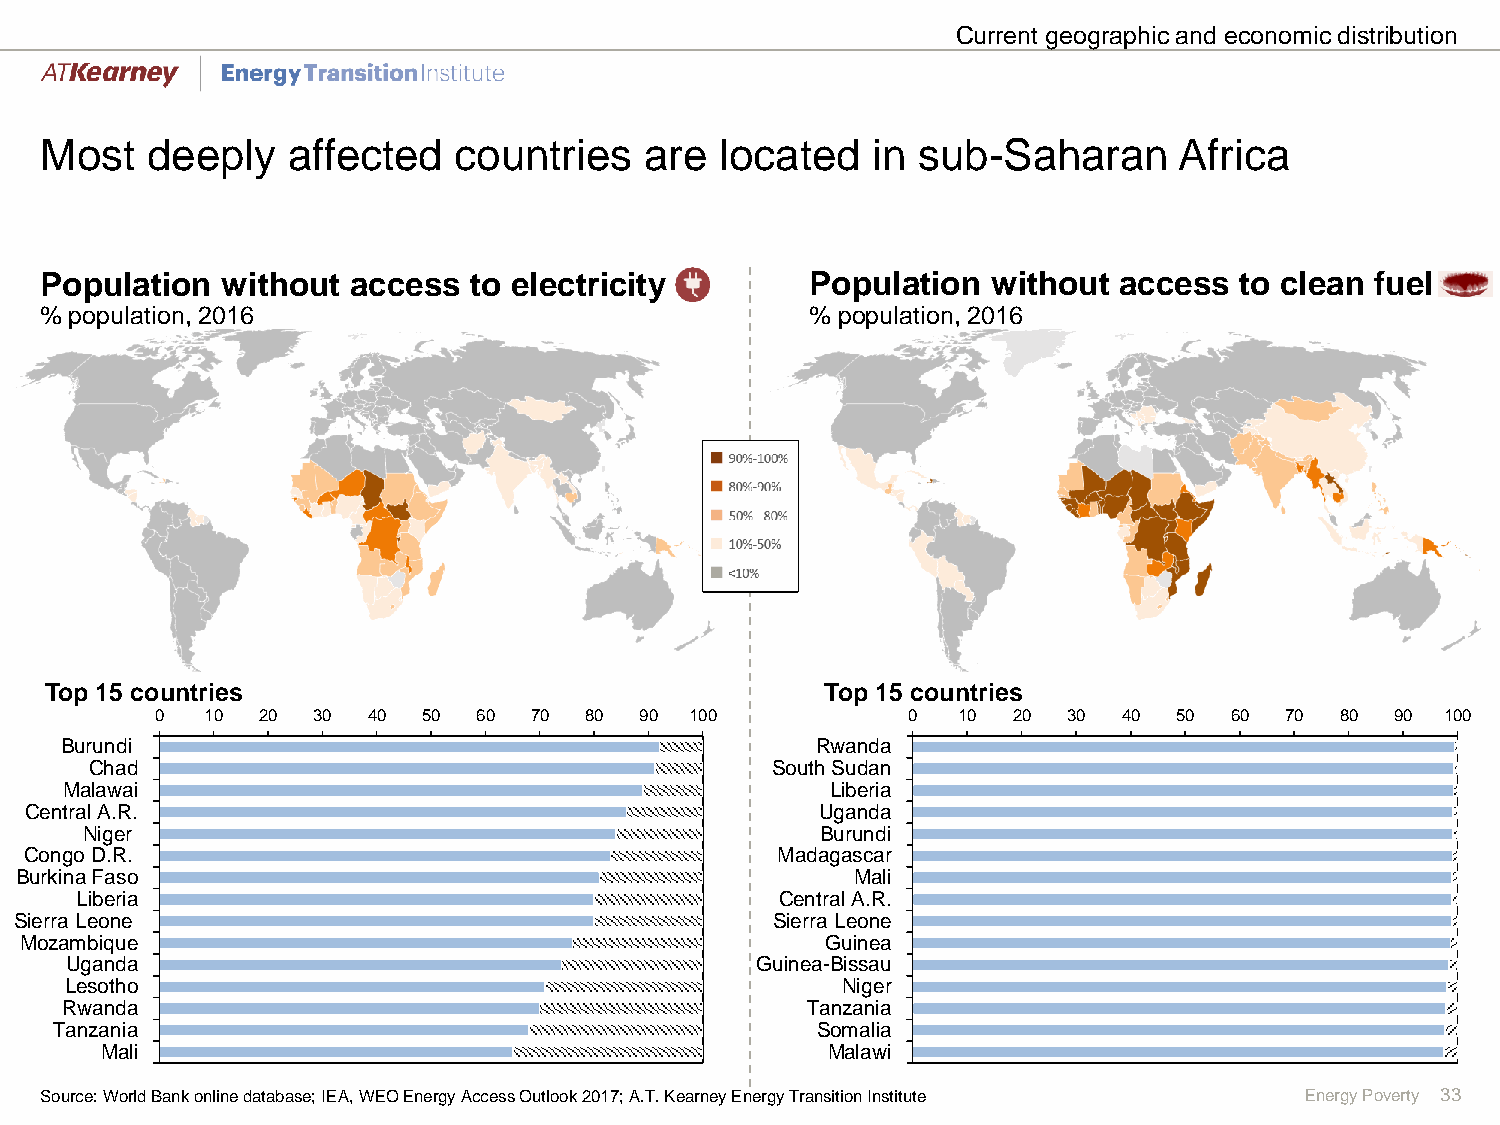
Current geographic and economic distribution
 Most   deeply   affected   countries    are  located   in sub-Saharan      Africa
 Population  without access  to electricity         Population  without access  to clean fuel
 % population, 2016                                 % population, 2016
 Top 15 countries                                    Top 15 countries
 0   10 20  30 40  50  60 70  80 90  100           0  10  20  30 40  50 60  70  80 90  100
 Burundi                                           Rwanda
 Chad                                         South Sudan
 Malawai                                            Liberia
 Central A.R.                                        Uganda
 Niger                                            Burundi
 Congo D.R.                                       Madagascar
 Burkina Faso                                            Mali
 Liberia                                        Central A.R.
 Sierra Leone                                      Sierra Leone
 Mozambique                                            Guinea
 Uganda                                        Guinea-Bissau
 Lesotho                                             Niger
 Rwanda                                           Tanzania
 Tanzania                                          Somalia
 Mali                                            Malawi
 Source: World Bank online database; IEA, WEO Energy Access Outlook 2017; A.T.Kearney Energy Transition Institute Energy Poverty 33